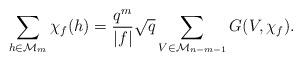
LaTeX: \begin{align*} \sum_{h \in \mathcal{M}_m} \chi_f(h) = \frac{q^m}{|f|} \sqrt{q} \sum_{V \in \mathcal{M}_{n-m-1}} G(V,\chi_f). \end{align*}